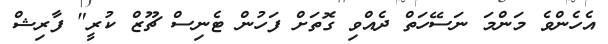
އެހެންވެ މަންމަ ނަސޭހަތް ދެއްވި ގޮތަށް ފަހުން ޓެނިސް ޗޫޒް ކުރީ" ފާރިޝް